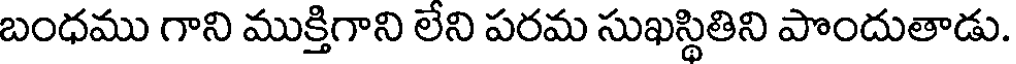
బంధము గాని ముక్తిగాని లేని పరమ సుఖస్థితిని పొందుతాడు.